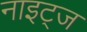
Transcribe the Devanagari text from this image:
नाइट्ज